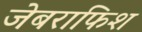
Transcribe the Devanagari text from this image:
जेबराफिश